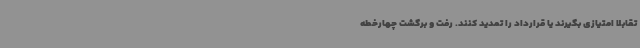
تقابلا امتیازی بگیرند یا قرارداد را تمدید کنند. رفت و برگشت چهارخطه